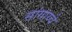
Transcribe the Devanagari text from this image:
सांगाय्चे